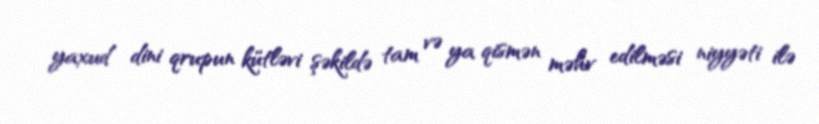
yaxud dini qrupun kütləvi şəkildə tam və ya qismən məhv edilməsi niyyəti ilə